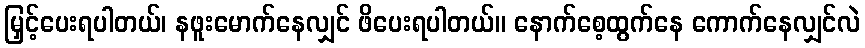
မြှင့်ပေးရပါတယ်၊ နဖူးမောက်နေလျှင် ဖိပေးရပါတယ်။ နောက်စေ့ထွက်နေ ကောက်နေလျှင်လဲ